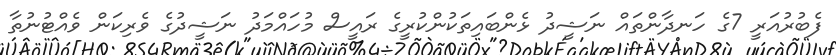
ފެބުރުއަރީ 7ގެ ހަނދާންތައް ނަޝީދު ޅެންބައިތަކުންކުރީގެ ރައީސް މުހައްމަދު ނަޝީދުގެ ވެރިކަން ވެއްޓުނުތާ